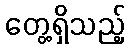
တွေ့ရှိသည့်